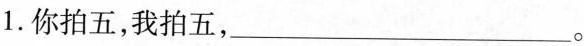
1.你拍五，我拍五，___。